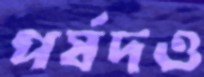
পর্ষদও